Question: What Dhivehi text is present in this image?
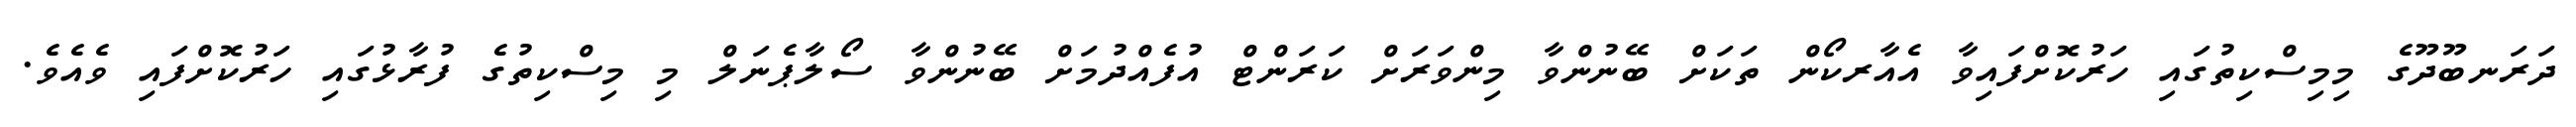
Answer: ދަރަނބޫދޫގެ މިމިސްކިތުގައި ހަރުކޮށްފައިވާ އެއާރކޯން ތަކަށް ބޭނުންވާ މިންވަރަށް ކަރަންޓް އުފެއްދުމަށް ބޭނުންވާ ސޯލާޕެނަލް މި މިސްކިތުގެ ފުރާޅުގައި ހަރުކޮށްފައި ވެއެވެ.